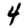
Digit: 4